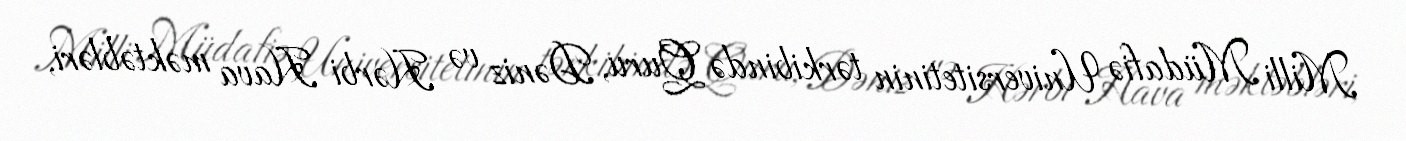
Milli Müdafiə Universitetinin tərkibində Quru, Dəniz və Hərbi Hava məktəbləri,